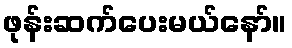
ဖုန်းဆက်ပေးမယ်နော်။